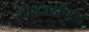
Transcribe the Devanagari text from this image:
शाहजहाँबाद